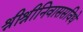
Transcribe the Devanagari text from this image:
श्रीश्रीनिवाससविधे